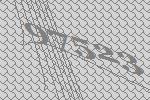
97523